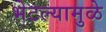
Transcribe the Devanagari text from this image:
भेटल्यामुळे